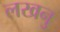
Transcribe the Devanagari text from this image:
लखनु